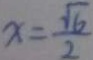
x = \frac { \sqrt { 6 } } { 2 }